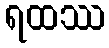
ရထဿ